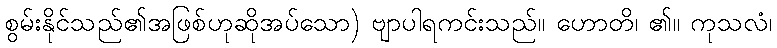
စွမ်းနိုင်သည်၏အဖြစ်ဟုဆိုအပ်သော) ဗျာပါရကင်းသည်။ ဟောတိ၊ ၏။ ကုသလံ၊